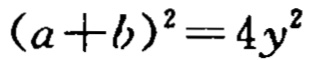
\((a + b)^2 = 4y^2\)